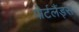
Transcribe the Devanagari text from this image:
पोर्टलैंड्स